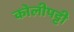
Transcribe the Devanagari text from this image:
कोलीपट्टी